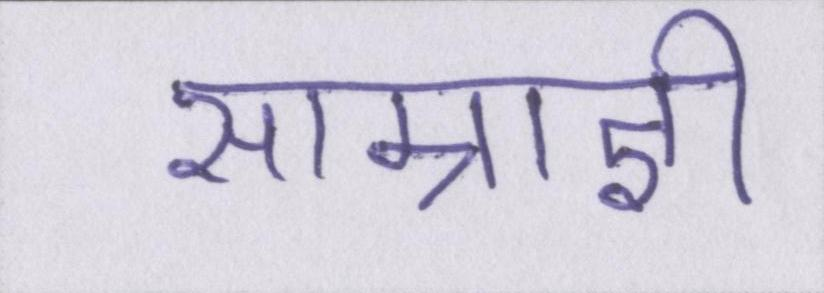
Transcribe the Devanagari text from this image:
साम्राज्ञी